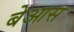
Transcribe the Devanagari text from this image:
बेआस